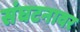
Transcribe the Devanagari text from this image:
संघटनावर